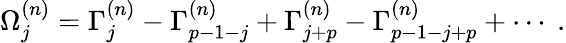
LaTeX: \Omega_{j}^{(n)}=\Gamma_{j}^{(n)}-\Gamma_{p-1-j}^{(n)}+\Gamma_{j+p}^{(n)}-\Gamma_{p-1-j+p}^{(n)}+\cdots~.